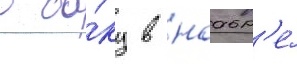
в ба́ку в ноабр'е́